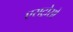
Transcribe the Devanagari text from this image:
एसट्रोसो